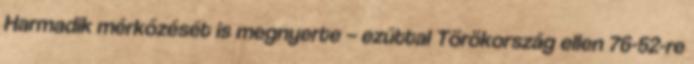
Harmadik mérkőzését is megnyerte – ezúttal Törökország ellen 76-52-re